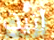
آتيت